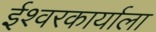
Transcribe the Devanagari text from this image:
ईश्वरकार्याला